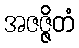
အဇဇ္ဇိတံ